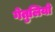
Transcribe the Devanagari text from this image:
गेतुलियो